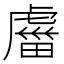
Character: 𧇕